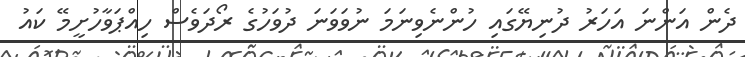
ދެން އަންނަ އަހަރު ދުނިޔޭގައި ހުންނެވިނަމަ ނުވަވަނަ ދުވަހުގެ ރޯދަވެސް ހިއްޕަވާހުށީމޭ ކައު